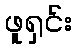
ဖူရှင်း